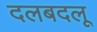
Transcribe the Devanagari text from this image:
दलबदलू